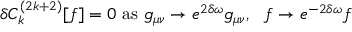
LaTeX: \delta C _ { k } ^ { ( 2 k + 2 ) } [ f ] = 0 \mathrm { ~ a s ~ } g _ { \mu \nu } \rightarrow e ^ { 2 \delta \omega } g _ { \mu \nu } , \: \: \: f \rightarrow e ^ { - 2 \delta \omega } f